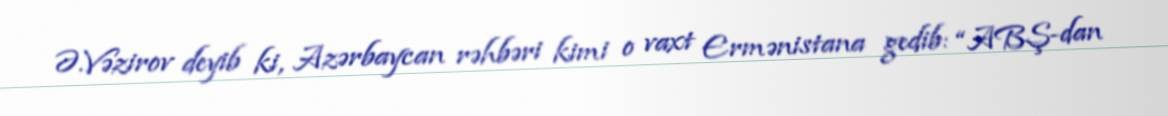
Ə.Vəzirov deyib ki, Azərbaycan rəhbəri kimi o vaxt Ermənistana gedib: “ABŞ-dan